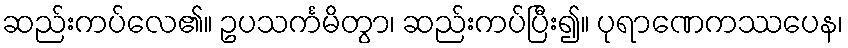
ဆည်းကပ်လေ၏။ ဥပသင်္ကမိတွာ၊ ဆည်းကပ်ပြီး၍။ ပုရာဏေကဿပေန၊